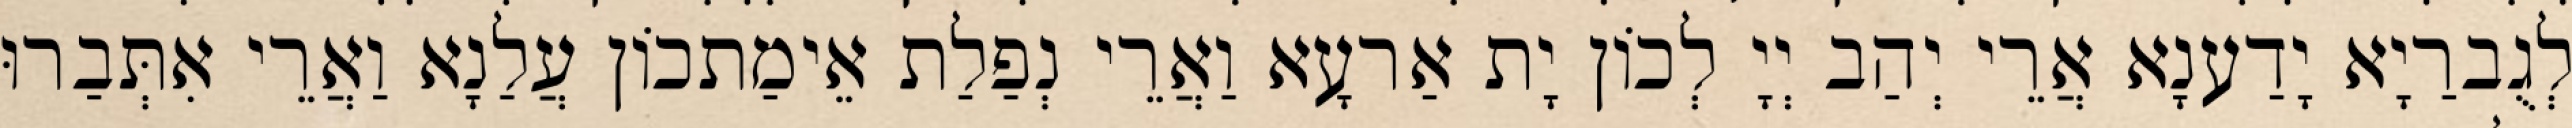
לְגֻברַיָא יָדַענָא אֲרֵי יְהַב יְיָ לְכוֹן יָת אַרעָא וַאֲרֵי נְפַלַת אֵימַתכוֹן עֲלַנָא וַאֲרֵי אִתְּבַרוּ